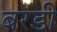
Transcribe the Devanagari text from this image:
बरडी